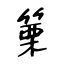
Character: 篥